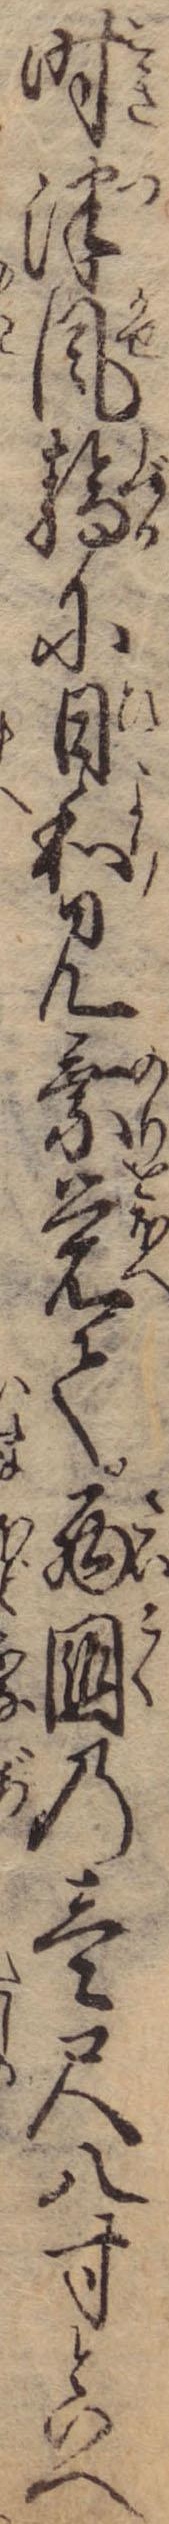
時津風静に日和見乗覚て西国の壱尺八寸といへ